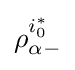
\rho _{\alpha -}^{i_{0}^{\ast }}